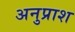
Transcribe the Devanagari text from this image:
अनुप्राश